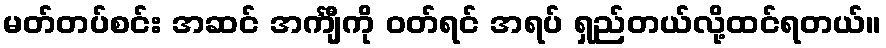
မတ်တပ်စင်း အဆင် အင်္ကျီကို ဝတ်ရင် အရပ် ရှည်တယ်လို့ထင်ရတယ်။